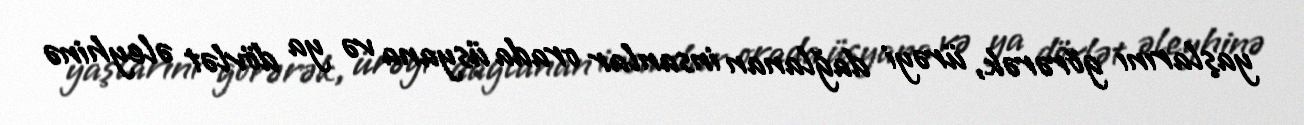
yaşlarını görərək, ürəyi dağlanan insanlar orada üsyana və ya dövlət əleyhinə